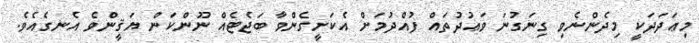
މިޢަދަދަކީ މިދެންނެވި ގިނަގުނަ ވަޢުދުތައް ފުއްދުމަށް އެކަށީގެންވާ ބަޖެޓެއް ނޫންކަން ޔަޤީންވެ އެނގެއެވެ.